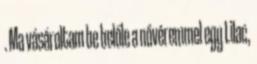
. Ma vásároltam be belőle a nővéremmel egy Lilac,